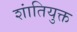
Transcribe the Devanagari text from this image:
शांतियुक्त